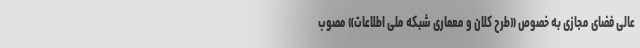
عالی فضای مجازی به خصوص «طرح کلان و معماری شبکه ملی اطلاعات» مصوب